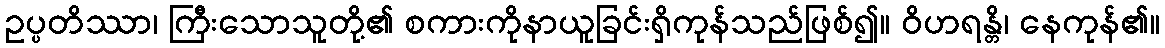
ဥပ္ပတိဿာ၊ ကြီးသောသူတို့၏ စကားကိုနာယူခြင်းရှိကုန်သည်ဖြစ်၍။ ဝိဟရန္တိ၊ နေကုန်၏။